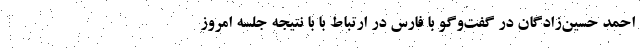
احمد حسین‌زادگان در گفت‌وگو با فارس در ارتباط با با نتیجه جلسه امروز